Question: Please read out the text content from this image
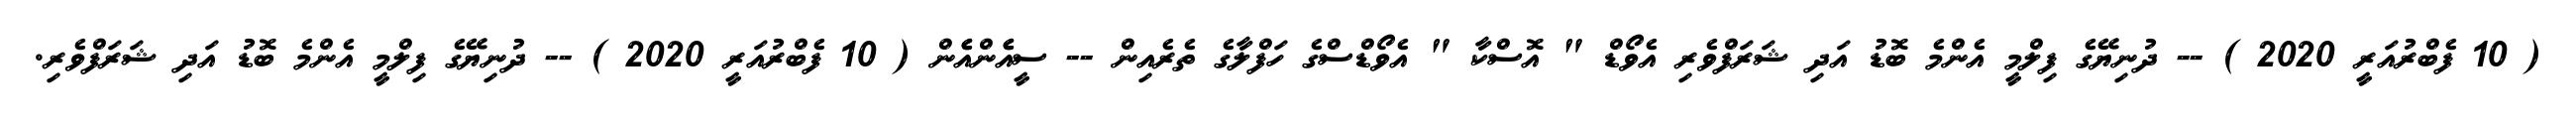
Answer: ( 10 ފެބްރުއަރީ 2020 ) -- ދުނިޔޭގެ ފިލްމީ އެންމެ ބޮޑު އަދި ޝަރަފްވެރި އެވޯޑް " އޮސްކާ " އެވޯޑްސްގެ ހަފްލާގެ ތެރެއިން -- ސީއެެންއެެން ( 10 ފެބްރުއަރީ 2020 ) -- ދުނިޔޭގެ ފިލްމީ އެންމެ ބޮޑު އަދި ޝަރަފްވެރި.